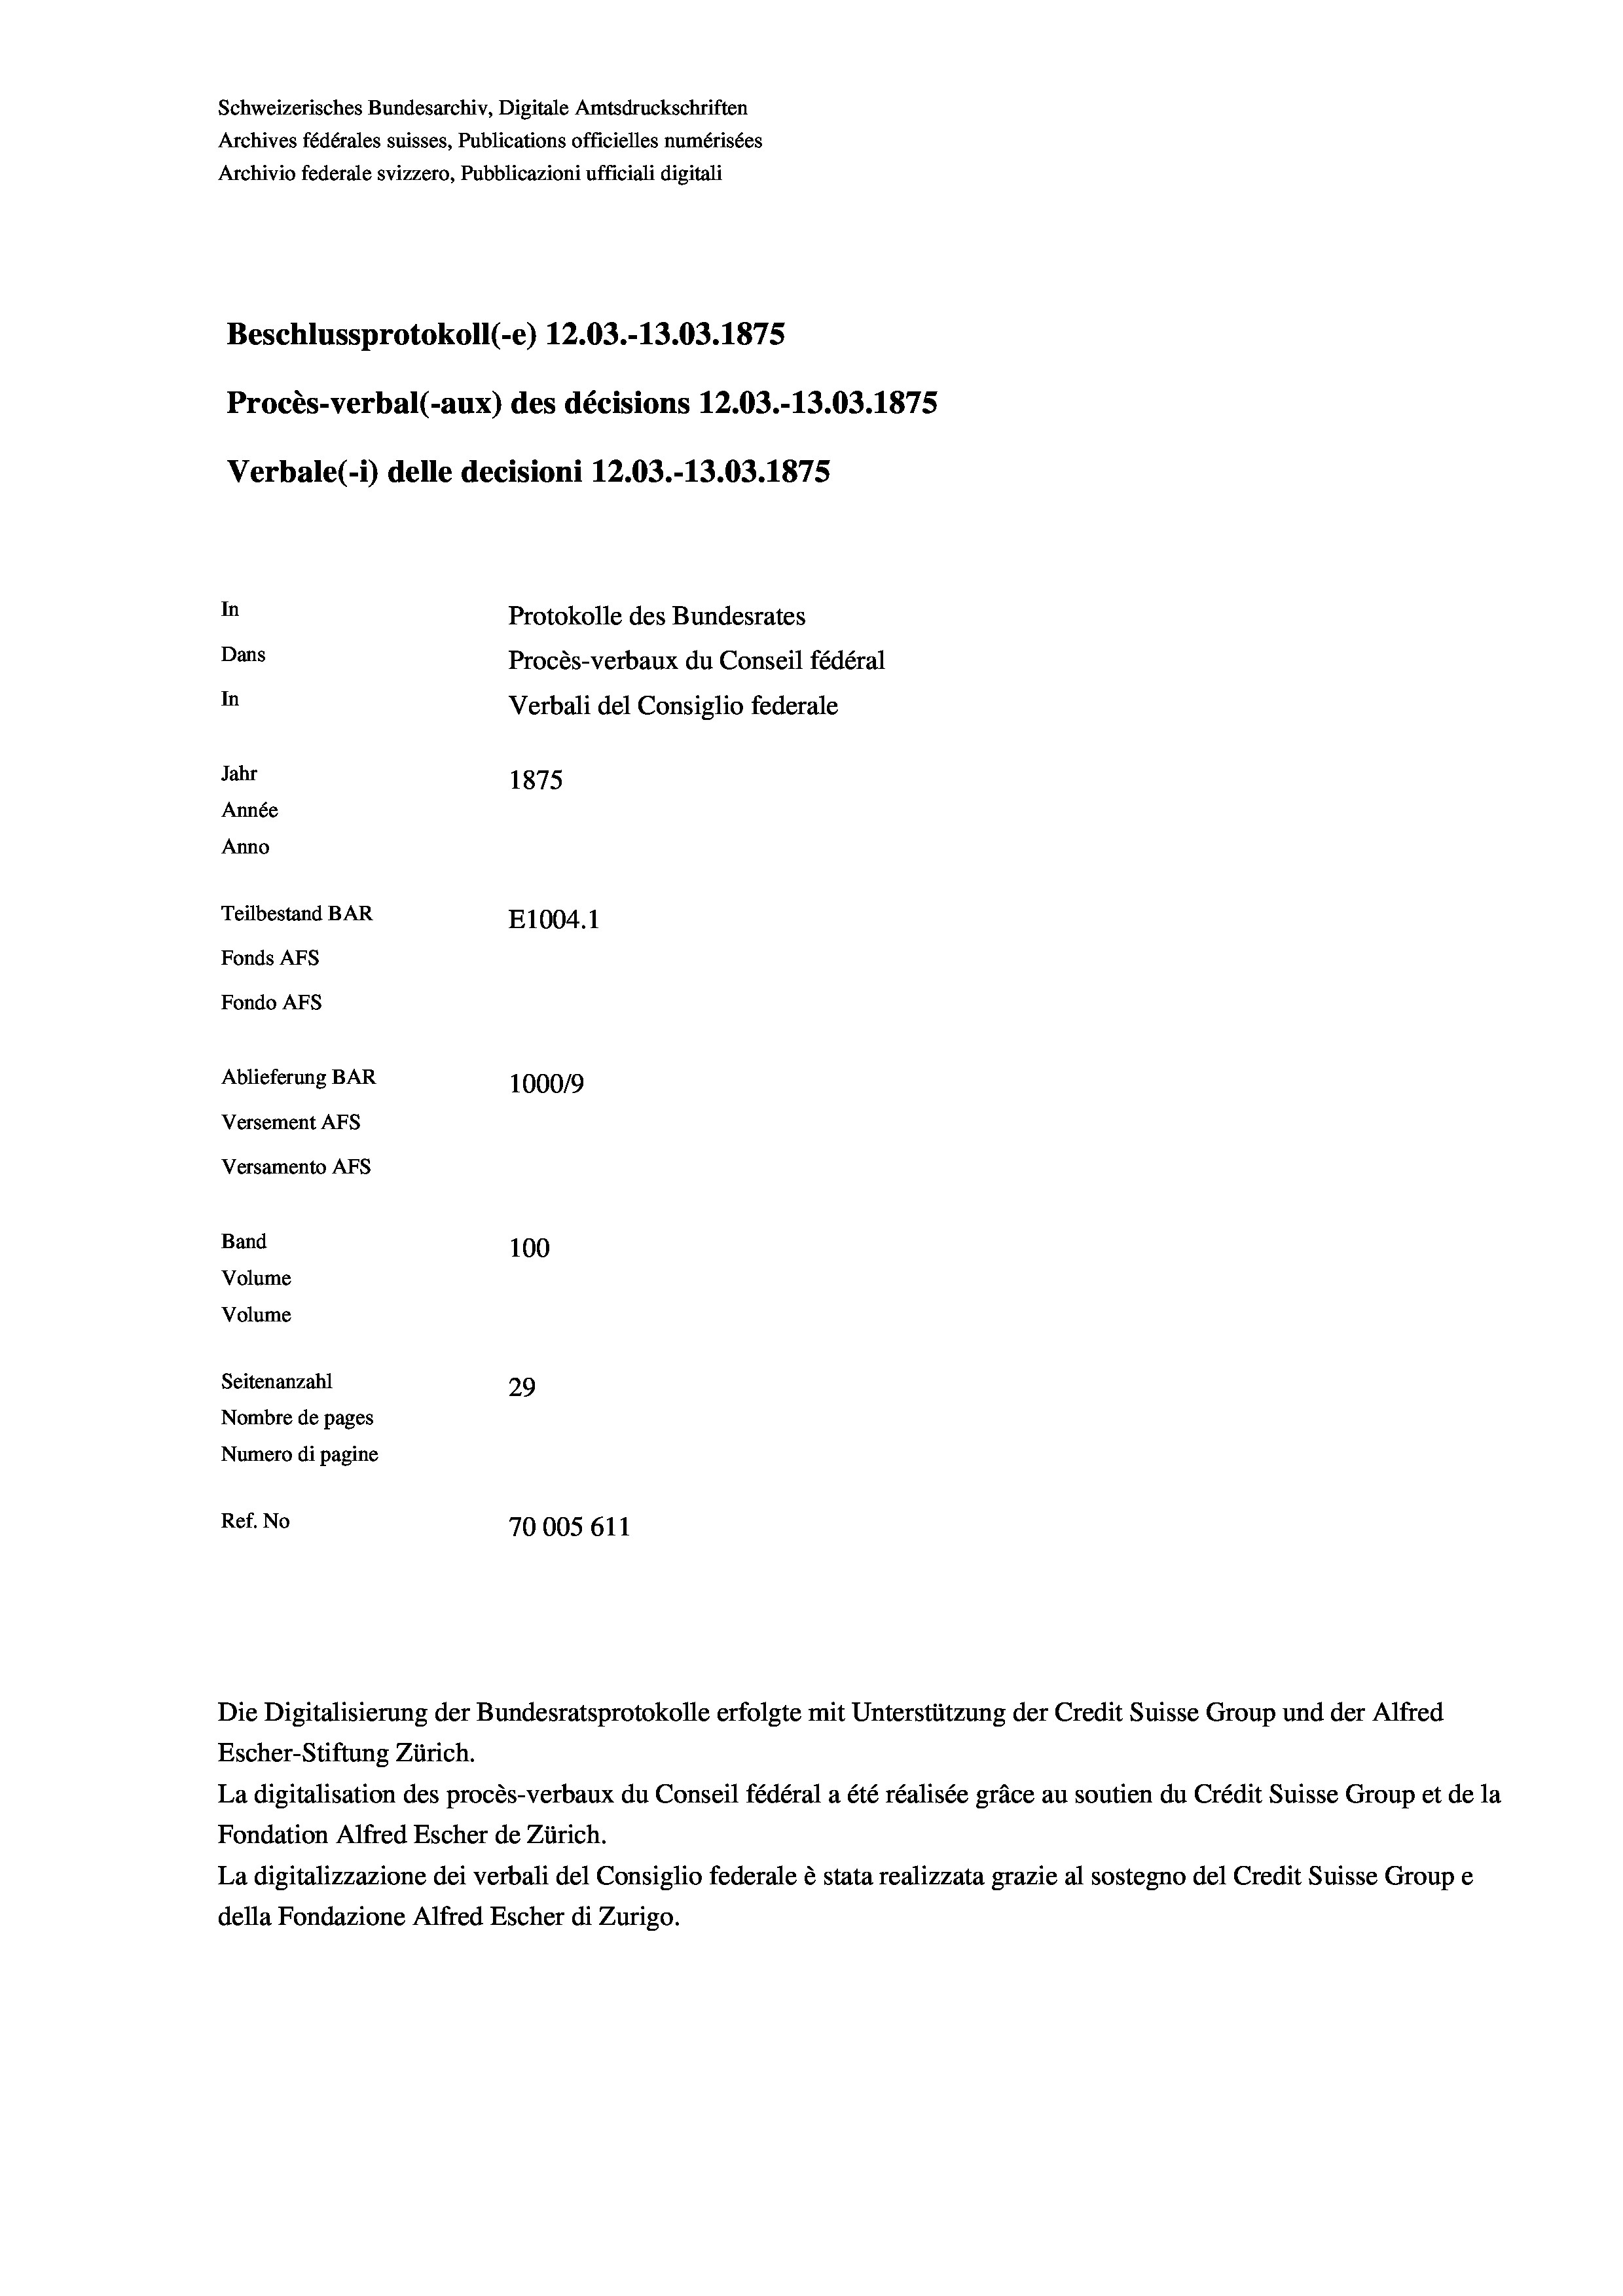
Schweizerisches Bundesarchiv, Digitale Amtsdruckschriften
Archives fédérales suisses, Publications officielles numérisées
Archivio federale svizzero, Pubblicazioni ufficiali digitali
Beschlussprotokoll (-e) 12.03.-13.03. 1875
Procès-verbal (-aux) des décisions 12.03.-13.03. 1875
Verbale (- 1) delle decisioni 12.03.-13.03. 1875
In
Protokolle des Bundesrates
Dans
Procès-verbaux du Conseil fédéral
In
Verbali del Consiglio federale
Jahr
1875
Année
Anno
Teilbestand BAR
E1004. 1
Fonds Afs
Fondo AFS
Ablieferung BAR
100019
Versement AFs
Versamento Afs
Band
100
Volume
Volume

Seitenanzahl
29
Nombre de pages
Numero di pagine
Ref. No
70005 611

Die Digitalisierung der Bundesratsprotokolle erfolgte mit Unterstützung der Credit Suisse Group und der Alfred
Escher-Stiftung Zürich.
La digitalisation des procès-verbaux du Conseil fédéral a été réalisée gräce au soutien du Crédit Suisse Group et de la
Fondation Alfred Escher de Zürich.
La digitalizzazione dei verbali del Consiglio federale è stata realizzata grazie al sostegno del Credit Suisse Groupe
della Fondazione Alfred Escher di Zurigo.